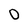
Character: O